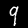
Digit: 9